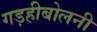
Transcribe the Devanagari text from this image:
गड़हीबोलनी